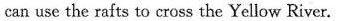
can use the rafts to cross the Yellow River.